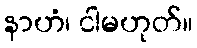
နာဟံ၊ ငါမဟုတ်။